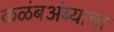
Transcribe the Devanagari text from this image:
कळंबअंब्याचा